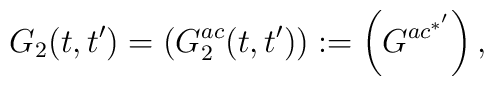
G_{2}(t,t') = \left( G_{2}^{ac}(t,t') \right) := \left(G^{ac^{*'}}\right),